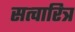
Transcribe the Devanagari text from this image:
सत्चारित्र